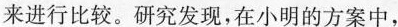
来进行比较。研究发现，在小明的方案中，